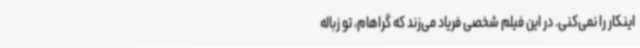
اینکار را نمی‌کنی. در این فیلم شخصی فریاد می‌زند که گراهام، تو زباله